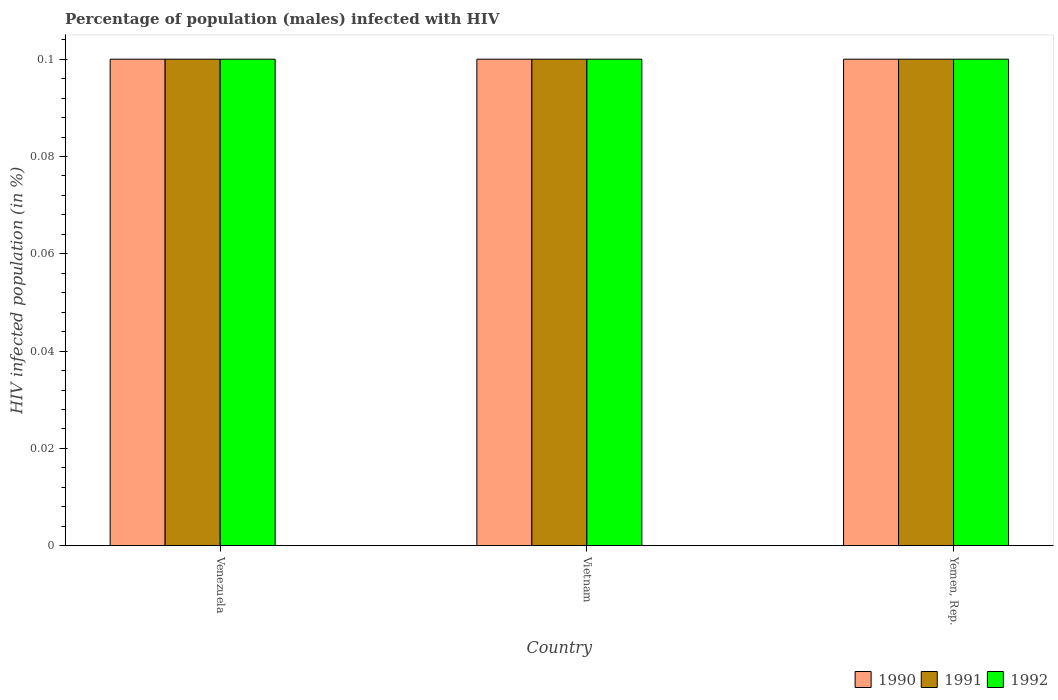
| Country | 1990 | 1991 | 1992 |
 | --- | --- | --- | --- |
 | Venezuela | 0.1 | 0.1 | 0.1 |
 | Vietnam | 0.1 | 0.1 | 0.1 |
 | Yemen, Rep. | 0.1 | 0.1 | 0.1 |